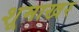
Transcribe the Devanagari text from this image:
शूमाखर